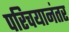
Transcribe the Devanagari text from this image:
परिचयानंतर